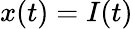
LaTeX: x(t)=I(t)